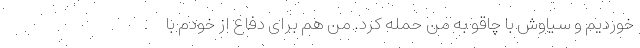
خوردیم و سیاوش با چاقو به من حمله کرد. من هم برای دفاع از خودم با